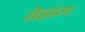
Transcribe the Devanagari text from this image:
रोहांग